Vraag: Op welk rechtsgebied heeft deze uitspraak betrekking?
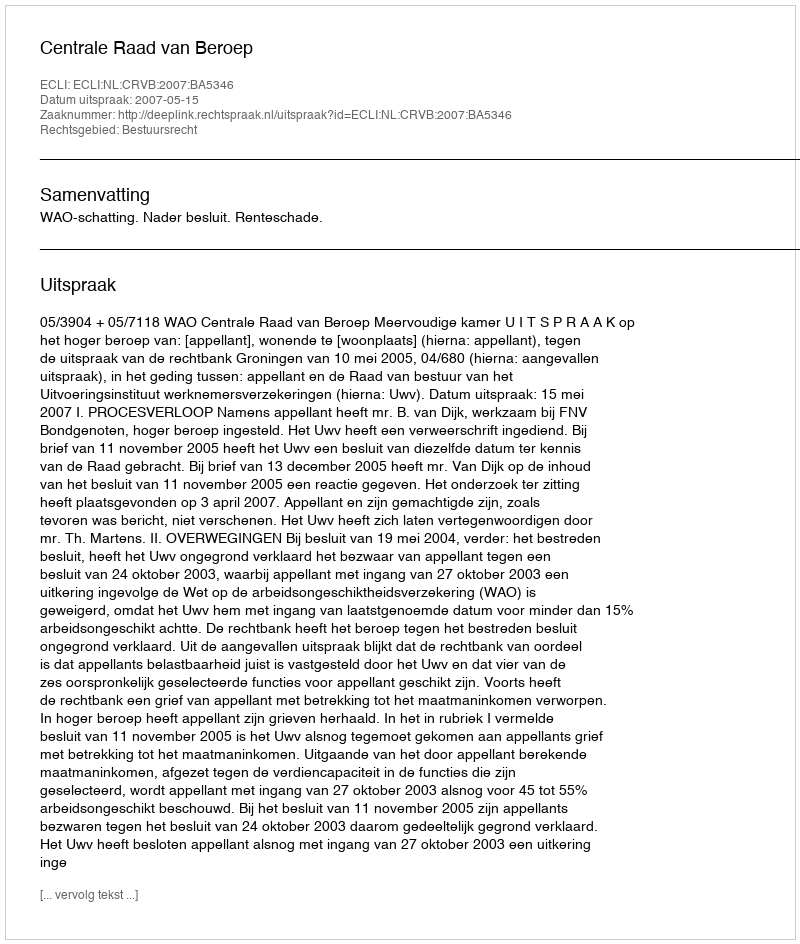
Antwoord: Bestuursrecht